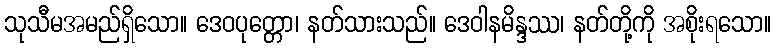
သုသီမအမည်ရှိသော။ ဒေဝပုတ္တော၊ နတ်သားသည်။ ဒေဝါနမိန္ဒဿ၊ နတ်တို့ကို အစိုးရသော။